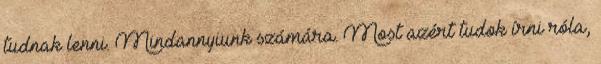
tudnak lenni. Mindannyiunk számára. Most azért tudok írni róla,